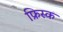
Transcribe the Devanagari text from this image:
फ्रिस्क